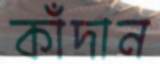
কাঁদান